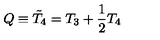
Q \equiv { \tilde { T } } _ { 4 } = T _ { 3 } + \frac { 1 } { 2 } T _ { 4 }